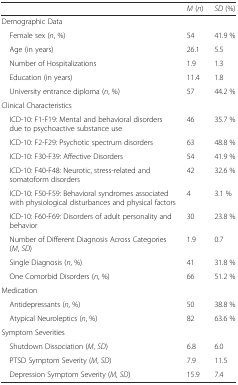
<table><thead><tr><td></td><td><b><i>M</i> (<i>n</i>)</b></td><td><b><i>SD</i> (%)</b></td></tr></thead><tbody><tr><td colspan="3">Demographic Data</td></tr><tr><td> Female sex (<i>n</i>, %)</td><td>54</td><td>41.9 %</td></tr><tr><td> Age (in years)</td><td>26.1</td><td>5.5</td></tr><tr><td> Number of Hospitalizations</td><td>1.9</td><td>1.3</td></tr><tr><td> Education (in years)</td><td>11.4</td><td>1.8</td></tr><tr><td> University entrance diploma (<i>n</i>, %)</td><td>57</td><td>44.2 %</td></tr><tr><td colspan="3">Clinical Characteristics</td></tr><tr><td> ICD-10: F1-F19: Mental and behavioral disorders due to psychoactive substance use</td><td>46</td><td>35.7 %</td></tr><tr><td> ICD-10: F2-F29: Psychotic spectrum disorders</td><td>63</td><td>48.8 %</td></tr><tr><td> ICD-10: F30-F39: Affective Disorders</td><td>54</td><td>41.9 %</td></tr><tr><td> ICD-10: F40-F48: Neurotic, stress-related and somatoform disorders</td><td>42</td><td>32.6 %</td></tr><tr><td> ICD-10: F50-F59: Behavioral syndromes associated with physiological disturbances and physical factors</td><td>4</td><td>3.1 %</td></tr><tr><td> ICD-10: F60-F69: Disorders of adult personality and behavior</td><td>30</td><td>23.8 %</td></tr><tr><td> Number of Different Diagnosis Across Categories (<i>M</i>, <i>SD</i>)</td><td>1.9</td><td>0.7</td></tr><tr><td> Single Diagnosis (<i>n</i>, %)</td><td>41</td><td>31.8 %</td></tr><tr><td> One Comorbid Disorders (<i>n</i>, %)</td><td>66</td><td>51.2 %</td></tr><tr><td colspan="3">Medication</td></tr><tr><td> Antidepressants (<i>n</i>, %)</td><td>50</td><td>38.8 %</td></tr><tr><td> Atypical Neuroleptics (<i>n</i>, %)</td><td>82</td><td>63.6 %</td></tr><tr><td colspan="3">Symptom Severities</td></tr><tr><td> Shutdown Dissociation (<i>M</i>, <i>SD</i>)</td><td>6.8</td><td>6.0</td></tr><tr><td> PTSD Symptom Severity (<i>M</i>, <i>SD</i>)</td><td>7.9</td><td>11.5</td></tr><tr><td> Depression Symptom Severity (<i>M</i>, <i>SD</i>)</td><td>15.9</td><td>7.4</td></tr></tbody></table>